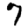
Digit: 7